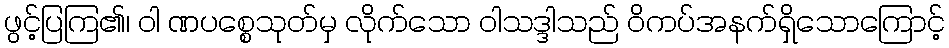
ဖွင့်ပြကြ၏၊ ဝါ ဏပစ္စေသုတ်မှ လိုက်သော ဝါသဒ္ဒါသည် ဝိကပ်အနက်ရှိသောကြောင့်